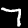
Label: 7